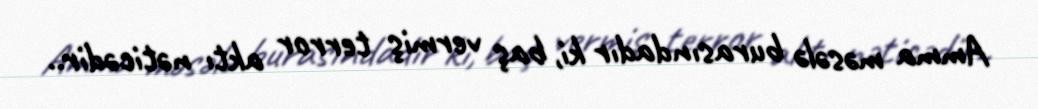
Amma məsələ burasındadır ki, baş vermiş terror aktı nəticədir..